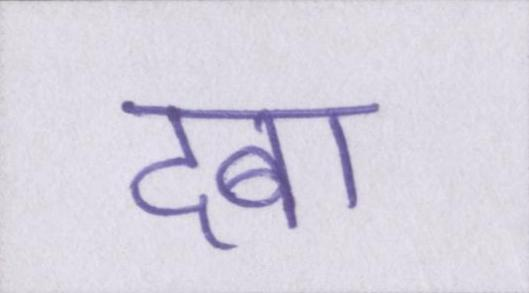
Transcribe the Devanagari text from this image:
दबा